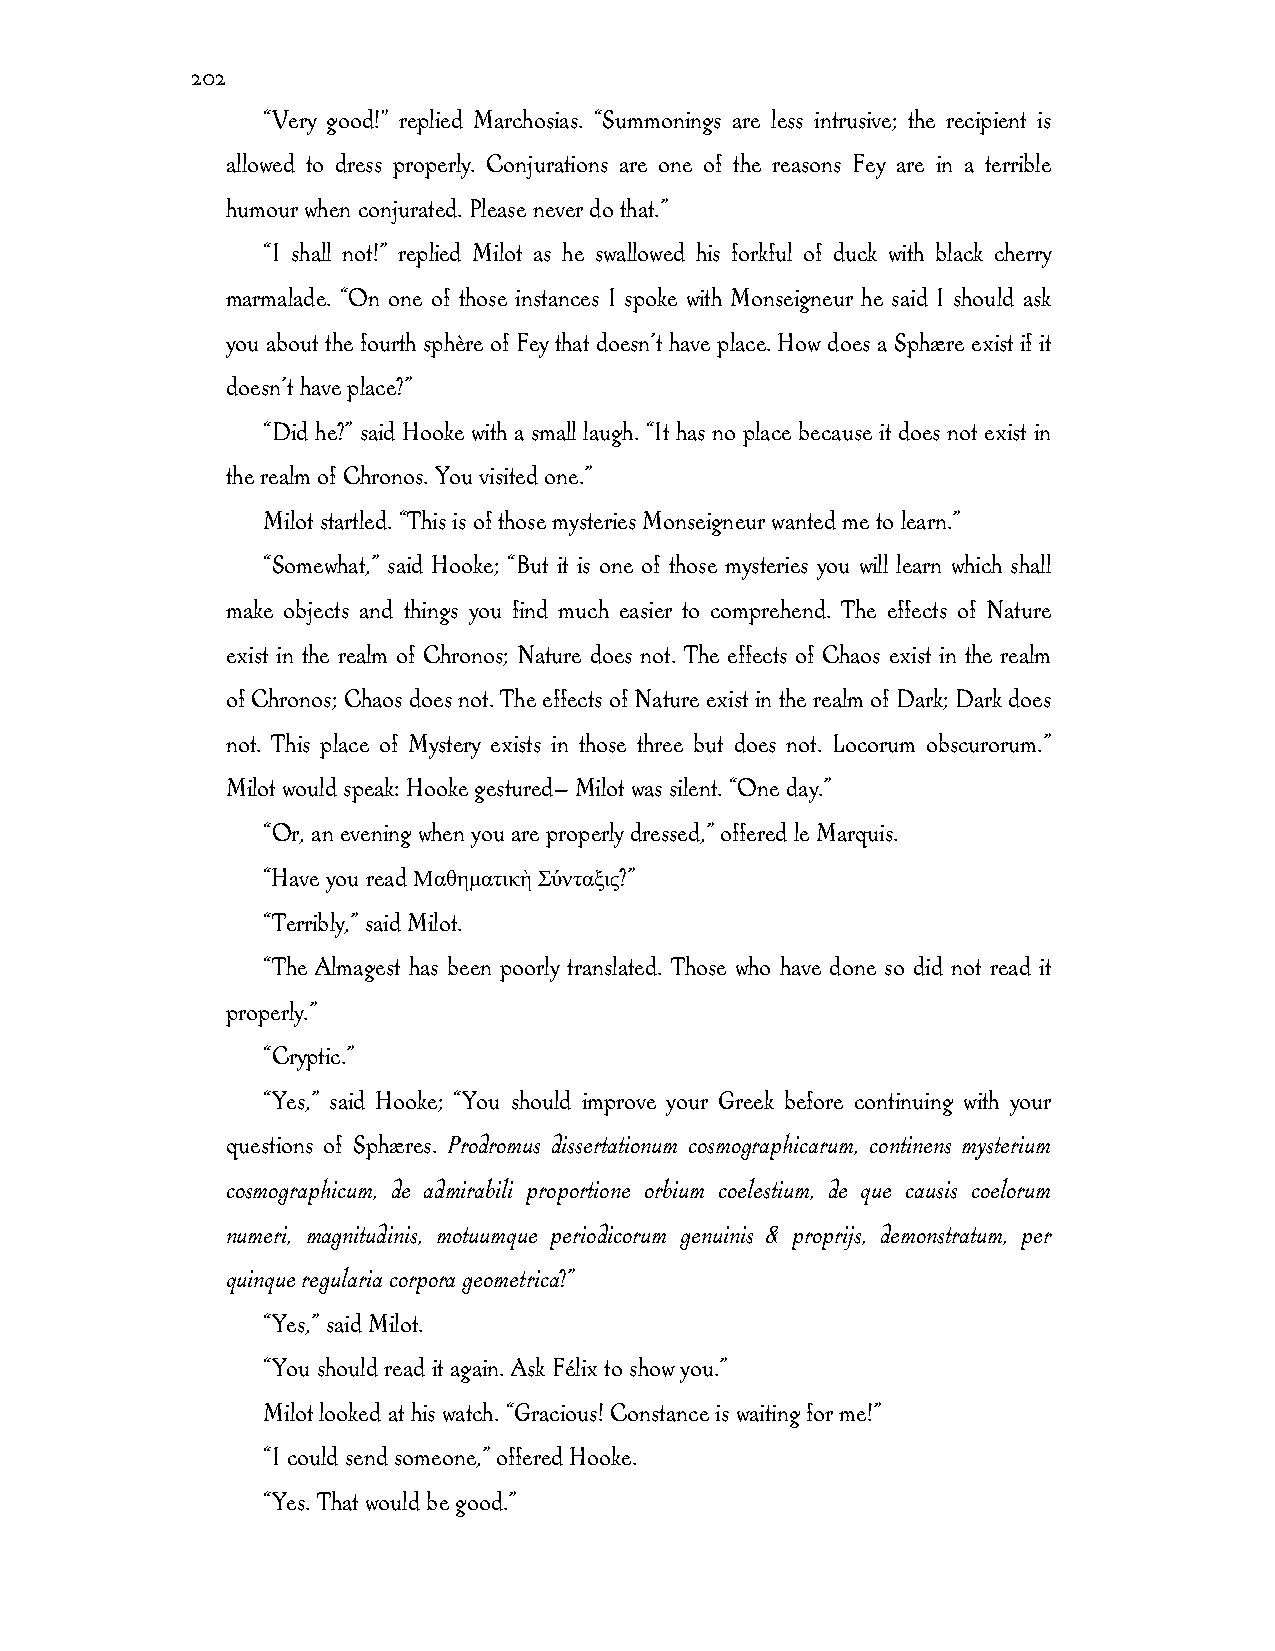
202
 “Very good!" replied Marchosias. “Summonings are less intrusive; the recipient is
 allowed to dress properly. Conjurations are one of the reasons Fey are in a terrible
 humour when conjurated. Please never do that.”
 “I shall not!” replied Milot as he swallowed his forkful of duck with black cherry
 marmalade. “On one of those instances I spoke with Monseigneur he said I should ask
 you about the fourth sphère of Fey that doesn’t have place. How does a Sphære exist if it
 doesn’t have place?”
 “Did he?” said Hooke with a small laugh. “It has no place because it does not exist in
 the realm of Chronos. You visited one.”
 Milot startled. “This is of those mysteries Monseigneur wanted me to learn.”
 “Somewhat,” said Hooke; “But it is one of those mysteries you will learn which shall
 make objects and things you find much easier to comprehend. The effects of Nature
 exist in the realm of Chronos; Nature does not. The effects of Chaos exist in the realm
 of Chronos; Chaos does not. The effects of Nature exist in the realm of Dark; Dark does
 not. This place of Mystery exists in those three but does not. Locorum obscurorum.”
 Milot would speak: Hooke gestured— Milot was silent. “One day.”
 “Or, an evening when you are properly dressed,” offered le Marquis.
 “Have you read Μαθηματικὴ Σύνταξις?”
 “Terribly,” said Milot.
 “The Almagest has been poorly translated. Those who have done so did not read it
 properly.”
 “Cryptic.”
 “Yes,” said Hooke; “You should improve your Greek before continuing with your
 questions of Sphæres. Prodromus dissertationum cosmographicarum, continens mysterium
 cosmographicum, de admirabili proportione orbium coelestium, de que causis coelorum
 numeri, magnitudinis, motuumque periodicorum genuinis & proprijs, demonstratum, per
 quinque regularia corpora geometrica?”
 “Yes,” said Milot.
 “You should read it again. Ask Félix to show you.”
 Milot looked at his watch. “Gracious! Constance is waiting for me!”
 “I could send someone,” offered Hooke.
 “Yes. That would be good.”